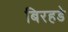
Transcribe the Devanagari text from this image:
बिरहडे